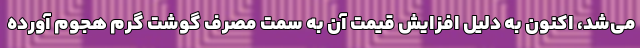
می‌شد، اکنون به دلیل افزایش قیمت‌ آن به سمت مصرف گوشت گرم هجوم آورده